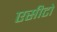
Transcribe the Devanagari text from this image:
एसीटो